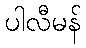
ပါလီမန်